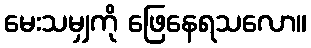
မေးသမျှကို ဖြေနေရသလော။